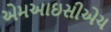
એમઆઇસીએચ